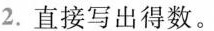
2.直接写出得数。